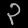
Digit: ၃